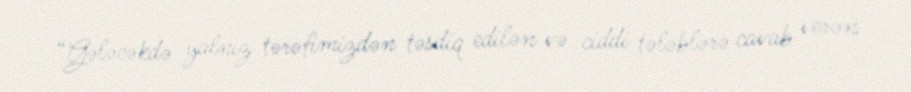
“Gələcəkdə yalnız tərəfimizdən təsdiq edilən və ciddi tələblərə cavab verən